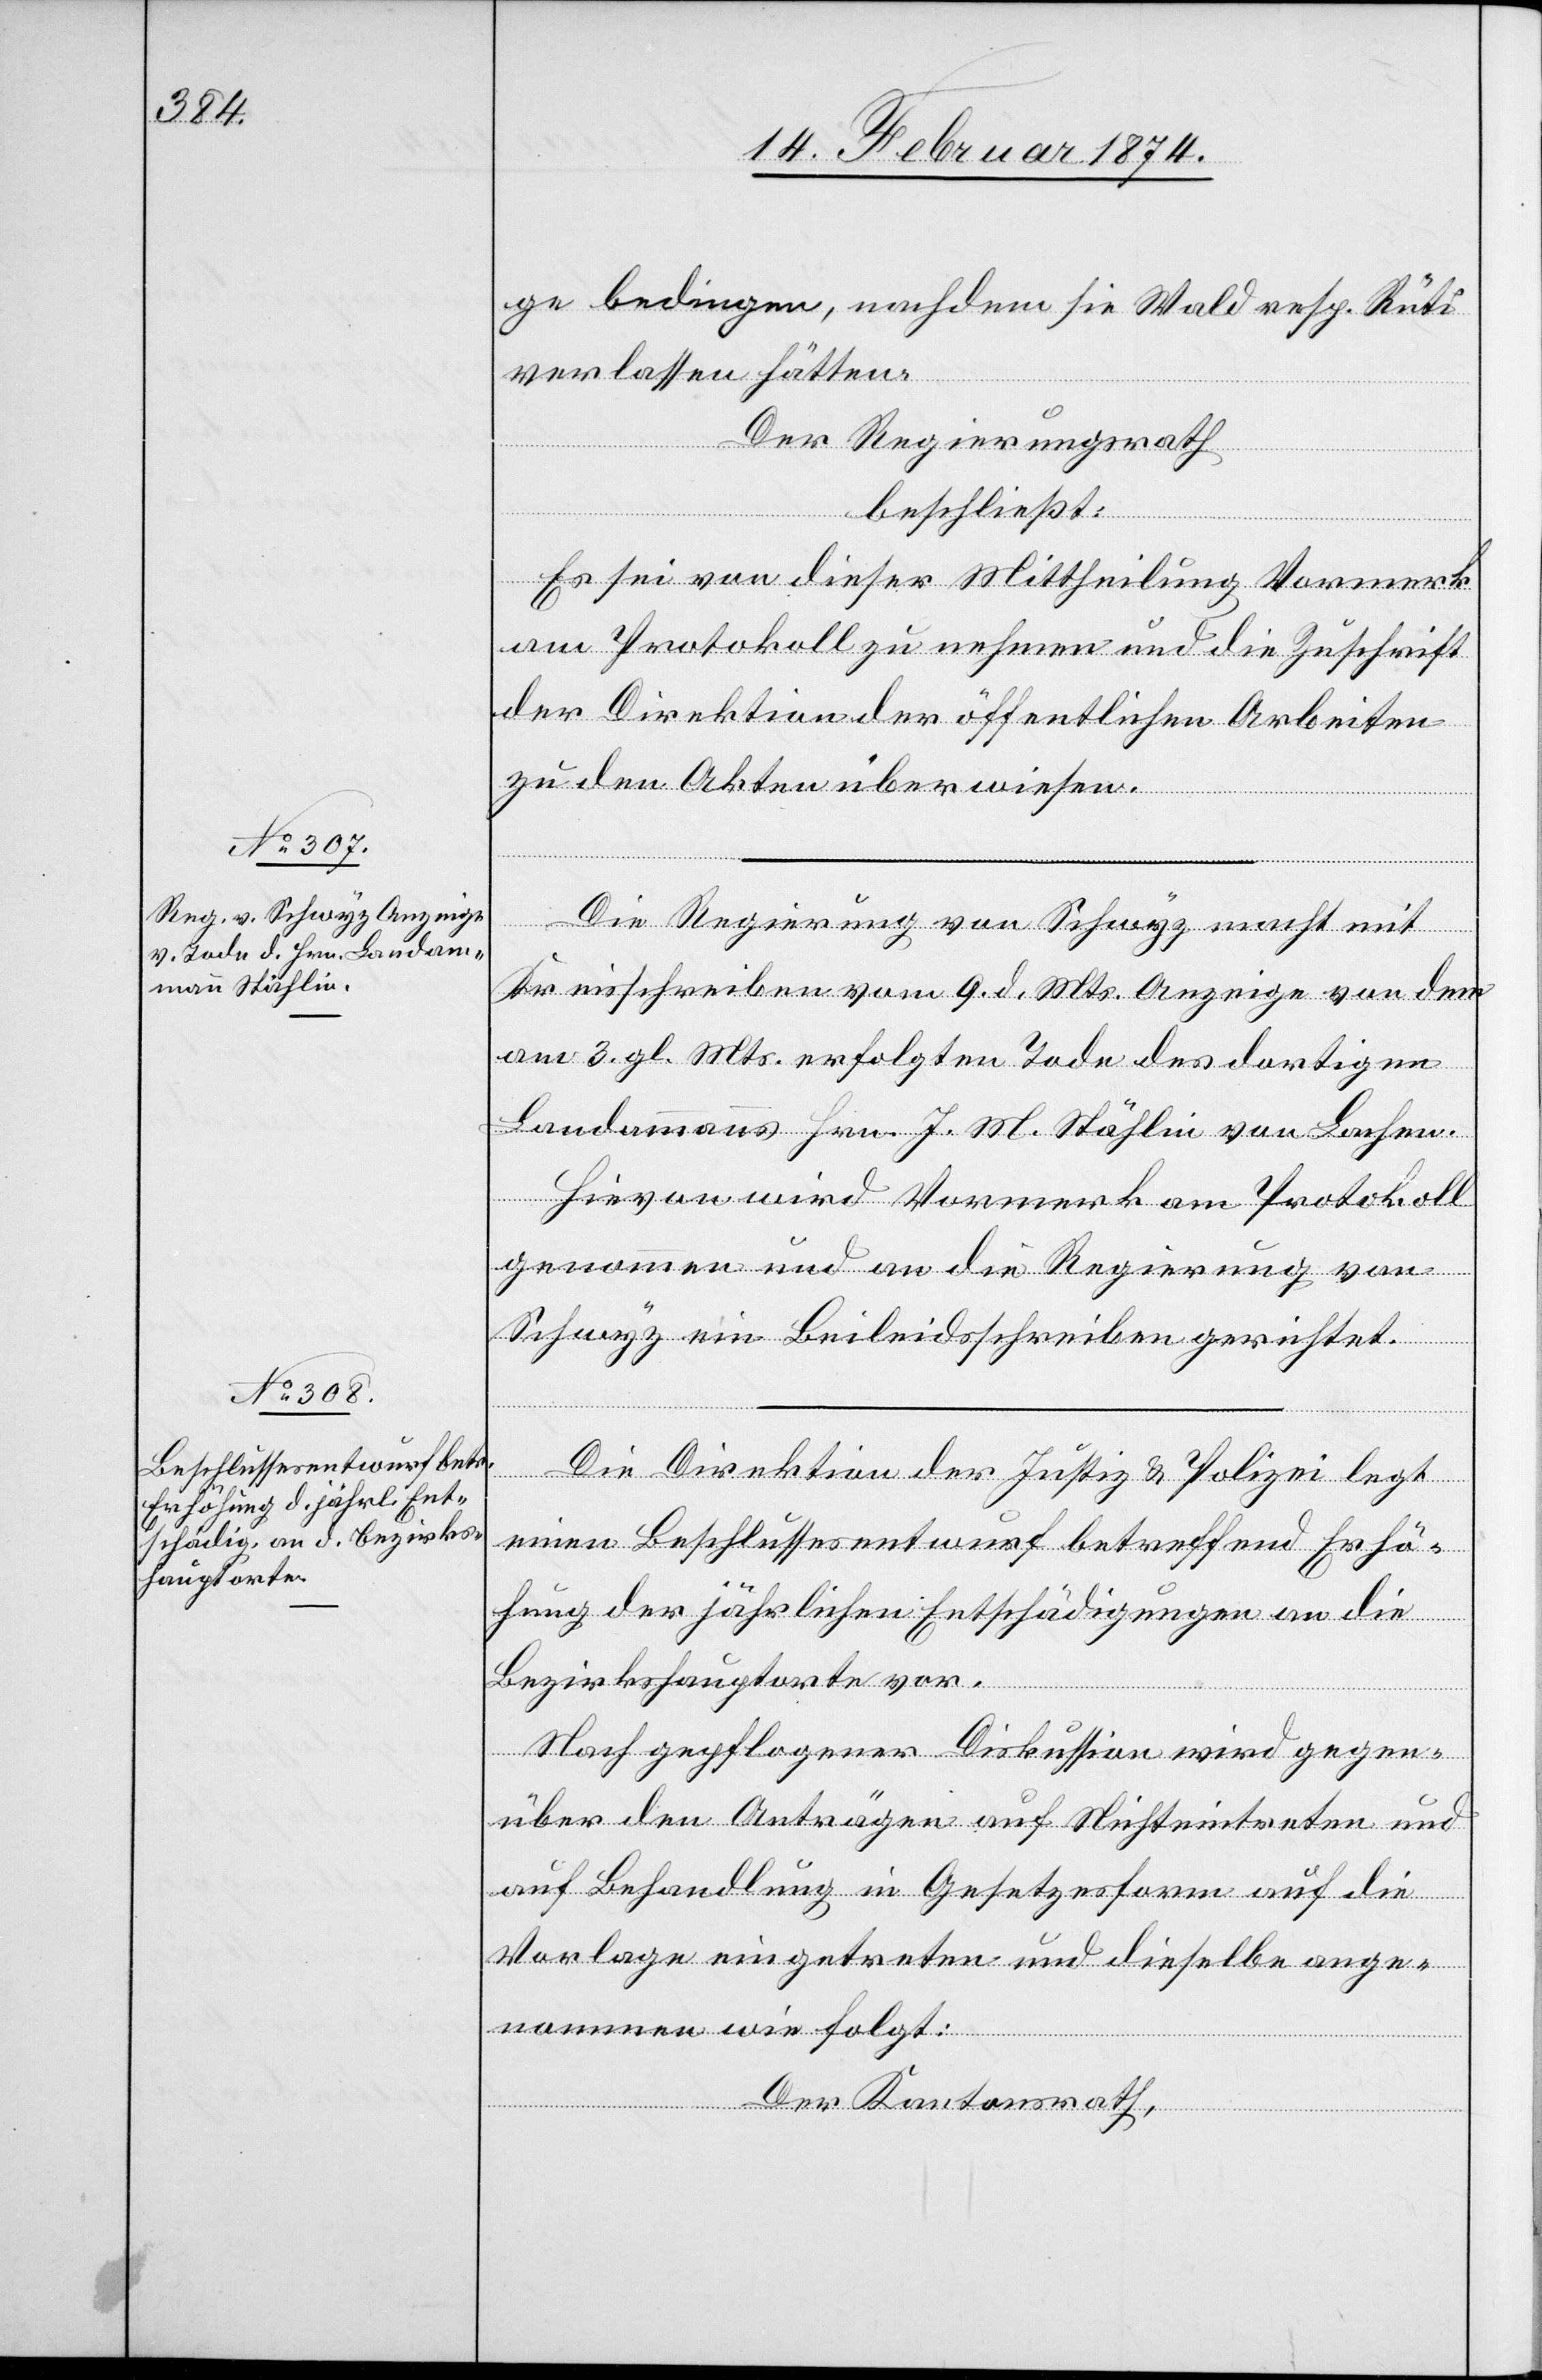
ge bedingen, nachdem sie Wald resp. Rüti
verlassen hätten.
Der Regierungsrath
beschließt:
Es sei von dieser Mittheilung Vormerk
am Protokoll zu nehmen und die Zuschrift
der Direktion der öffentlichen Arbeiten
zu den Akten überwiesen.
Die Regierung von Schwyz macht mit
ein
Kreisschreiben vom 9. d. Mts. Anzeige von dem
am 3. gl. Mts. erfolgten Tode des dortigen
Landammanns Herr J. M. Stähli von Lachen.
Hievon wird Vormerk am Protokoll
Die Direktion der Justiz u. Polizei legt
einen Beschlussesentwurf betreffend Erhö¬
hung der jährlichen Entschädigungen an die
Bezirkshauptorte vor.
Nach gepflogener Diskussion wird gegen¬
über den Anträgen auf Nichteintreten und
auf Behandlung in Gesetzesform auf die
Vorlage eingetreten und dieselbe ange¬
nommen wie folgt:
Der Kantonsrath,